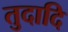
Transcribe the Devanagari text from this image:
तुदादि